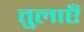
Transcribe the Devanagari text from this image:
तुलाएँ